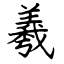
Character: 羲